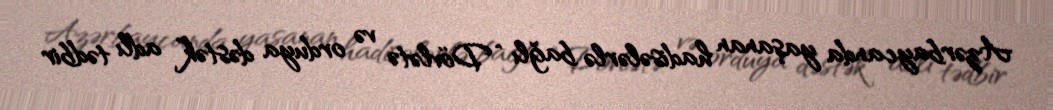
Azərbaycanda yaşanan hadisələrlə bağlı “Dövlətə və orduya dəstək” adlı tədbir